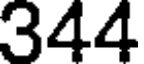
344